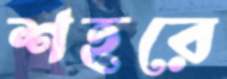
শহরে